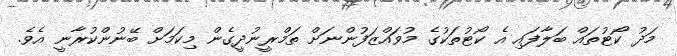
މަދު ކޯޓުތައް ބަލާފައި އެ ކޯޓުތަކުގެ މުވައްޒަފުންނަށް ތަމްރީނުދީގެން މިކަމަށް ބޭނުންކުރާނީ އެވެ.